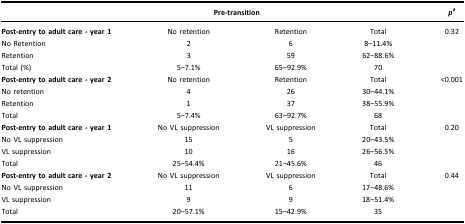
|  | <COLSPAN=2> Pre‐transition |  | pa |
 | --- | --- | --- | --- | --- |
 | Post‐entry to adult care ‐ year 1 | No retention | Retention | Total | 0.32 |
 | No Retention | 2 | 6 | 8–11.4% |  |
 | Retention | 3 | 59 | 62–88.6% |  |
 | Total (%) | 5–7.1% | 65–92.9% | 70 |  |
 | Post‐entry to adult care ‐ year 2 | No retention | Retention | Total | <0.001 |
 | No retention | 4 | 26 | 30–44.1% |  |
 | Retention | 1 | 37 | 38–55.9% |  |
 | Total | 5–7.4% | 63–92.7% | 68 |  |
 | Post‐entry to adult care ‐ year 1 | No VL suppression | VL suppression | Total | 0.20 |
 | No VL suppression | 15 | 5 | 20–43.5% |  |
 | VL suppression | 10 | 16 | 26–56.5% |  |
 | Total | 25–54.4% | 21–45.6% | 46 |  |
 | Post‐entry to adult care ‐ year 2 | No VL suppression | VL suppression | Total | 0.44 |
 | No VL suppression | 11 | 6 | 17–48.6% |  |
 | VL suppression | 9 | 9 | 18–51.4% |  |
 | Total | 20–57.1% | 15–42.9% | 35 |  |